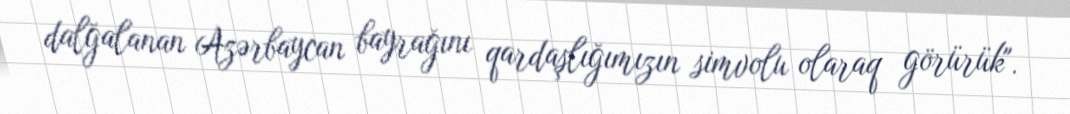
dalğalanan Azərbaycan bayrağını qardaşlığımızın simvolu olaraq görürük".